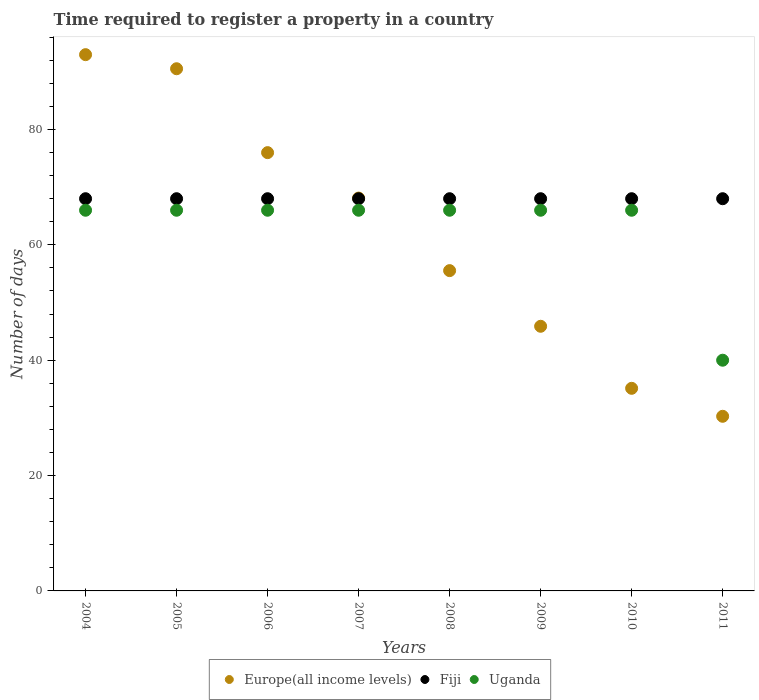
| Years | Europe(all income levels) | Fiji | Uganda |
 | --- | --- | --- | --- |
 | 2004 | 93 | 68 | 66 |
 | 2005 | 90.5 | 68 | 66 |
 | 2006 | 76 | 68 | 66 |
 | 2007 | 68.1 | 68 | 66 |
 | 2008 | 55.5 | 68 | 66 |
 | 2009 | 45.9 | 68 | 66 |
 | 2010 | 35.1 | 68 | 66 |
 | 2011 | 30.3 | 68 | 40 |